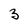
Character: 3